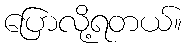
ပြောလို့ရတယ်။